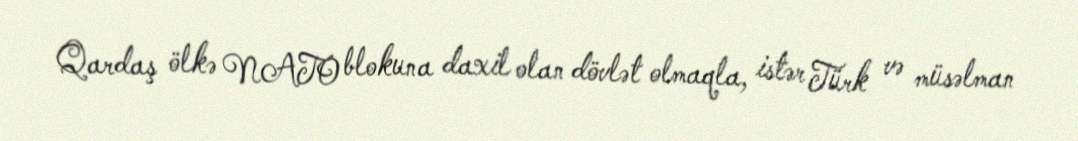
Qardaş ölkə NATO blokuna daxil olan dövlət olmaqla, istər Türk və müsəlman